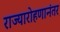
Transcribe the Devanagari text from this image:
राज्यारोहणानंतर